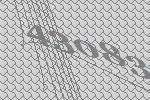
43083